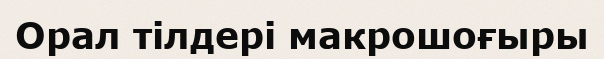
Орал тілдері макрошоғыры